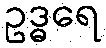
ဥဒ္ဓရေ